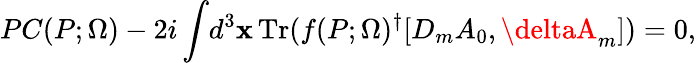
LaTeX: PC(P;\Omega)-2i\int\! d^{3}\mathbf{x}\, \mathrm{{Tr}}(f(P;\Omega)^{\dagger}[D_{m}A_{0},\deltaA_{m}])=0,